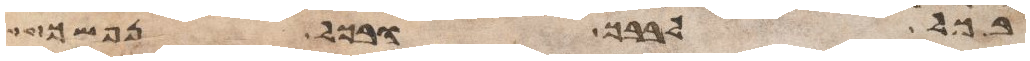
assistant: בכל לבבך ובכל נפשך